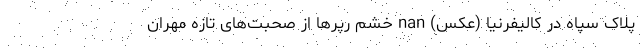
پلاک سپاه در کالیفرنیا (عکس) nan خشم رپرها از صحبت‌های تازه مهران